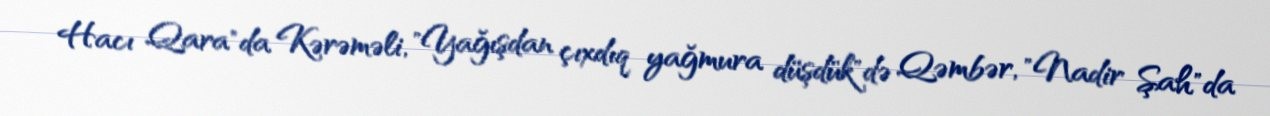
Hacı Qara"da Kərəməli, "Yağışdan çıxdıq yağmura düşdük"də Qəmbər, "Nadir Şah"da